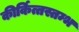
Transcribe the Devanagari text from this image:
कीर्कित्तस्तम्भ